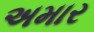
અમાર